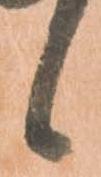
候